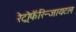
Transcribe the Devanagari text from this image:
रेट्रोफॅरिन्जायटल